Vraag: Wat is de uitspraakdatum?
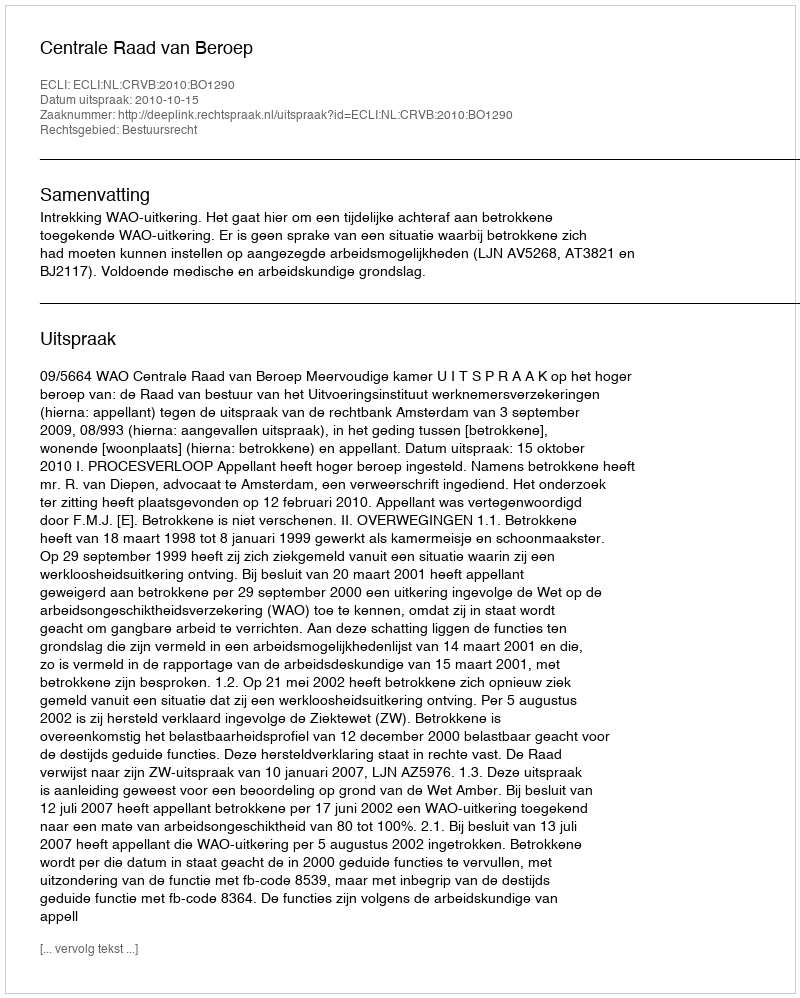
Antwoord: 2010-10-15